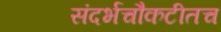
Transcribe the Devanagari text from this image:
संदर्भचौकटीतच